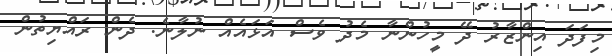
މިފަދަ އިންޒާރު ދޭ މީހުންނާ މެދު ވެސް އަޅައެއް ނުލާނެ. ދެން ރައްޔިތުން